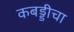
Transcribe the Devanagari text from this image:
कबड्डीचा